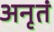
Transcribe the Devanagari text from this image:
अनृतं